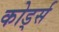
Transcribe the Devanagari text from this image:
कोर्ड्स